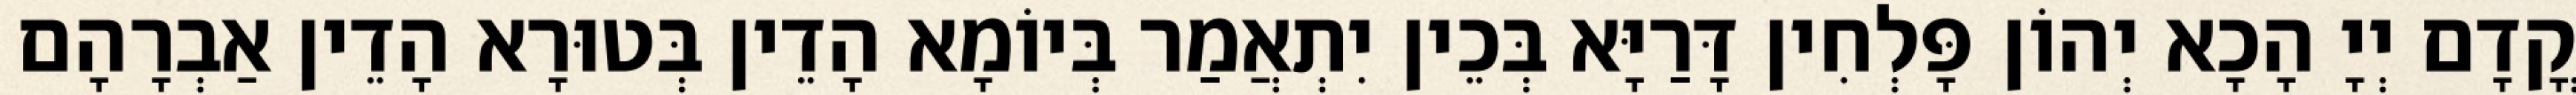
קֳדָם יְיָ הָכָא יְהוֹן פָּלְחִין דָּרַיָּא בְּכֵין יִתְאֲמַר בְּיוֹמָא הָדֵין בְּטוּרָא הָדֵין אַבְרָהָם